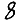
Digit: 8